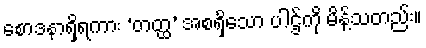
စောဒနာရှိရကား ‘တတ္ထ’ အစရှိသော ပါဌ်ကို မိန့်သတည်း။